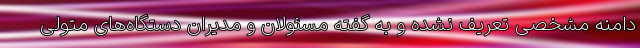
دامنه مشخصی تعریف نشده و به گفته مسئولان و مدیران دستگاه‌های متولی